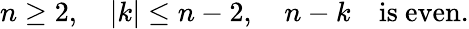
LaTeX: n\geq 2,\quad|k|\leq n-2,\quad n-k\mathrm{\quad}\mathrm{is~even}.